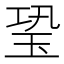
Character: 𤤶